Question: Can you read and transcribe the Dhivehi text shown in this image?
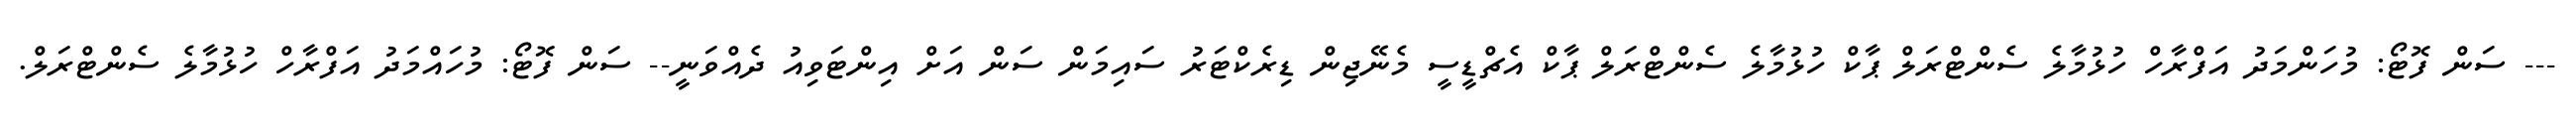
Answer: --- ސަން ފޮޓޯ: މުހަންމަދު އަފްރާހް ހުޅުމާލެ ސެންޓްރަލް ޕާކް ހުޅުމާލެ ސެންޓްރަލް ޕާކް އެޗްޑީސީ މެނޭޖިން ޑިރެކްޓަރު ސައިމަން ސަން އަށް އިންޓަވިއު ދެއްވަނީ-- ސަން ފޮޓޯ: މުހައްމަދު އަފްރާހް ހުޅުމާލެ ސެންޓްރަލް.